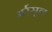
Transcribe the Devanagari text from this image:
अर्रसूल